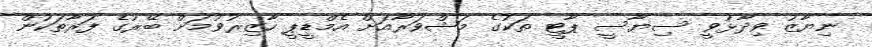
ނިޔާޒު ވިދާޅުވީ ސިޔާސީ ޕާޓީ ތަކުގެ މަޝްވަރާއަށް އެމްޑީޕީ ހާޒިރުވުމަށް ބޭރުގެ ފަރާތަކުން